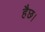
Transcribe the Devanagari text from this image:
हैछ।